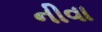
નીવા